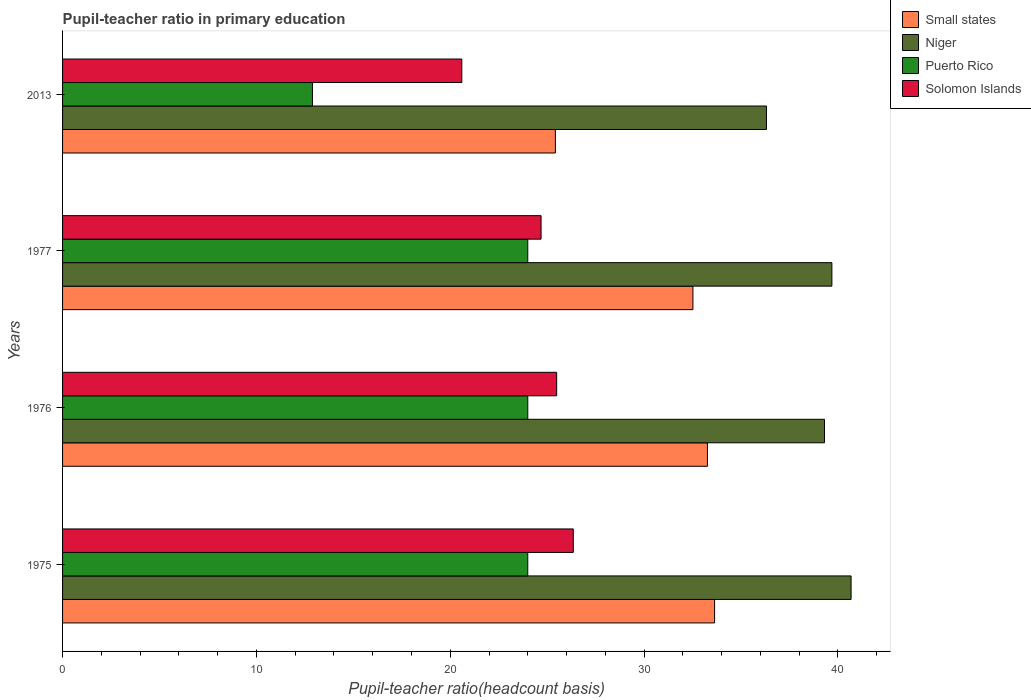
| Years | Small states | Niger | Puerto Rico | Solomon Islands |
 | --- | --- | --- | --- | --- |
 | 1975 | 33.6 | 40.7 | 24 | 26.3 |
 | 1976 | 33.3 | 39.3 | 24 | 25.5 |
 | 1977 | 32.5 | 39.7 | 24 | 24.7 |
 | 2013 | 25.4 | 36.3 | 12.9 | 20.6 |